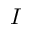
I